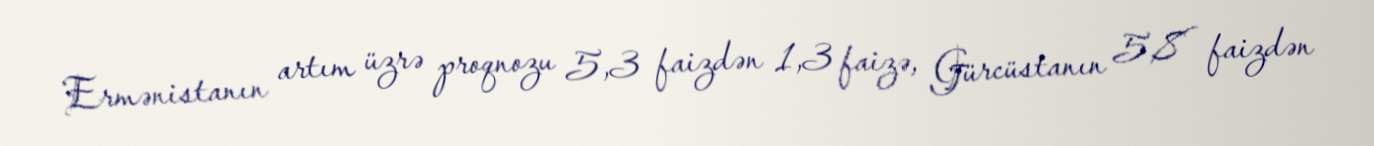
Ermənistanın artım üzrə proqnozu 5,3 faizdən 1,3 faizə, Gürcüstanın 5,8 faizdən